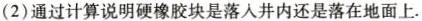
(2)通过计算说明硬橡胶块是落入井内还是落在地面上.